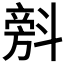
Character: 𣂆